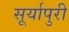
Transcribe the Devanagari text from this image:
सूर्यापुरी